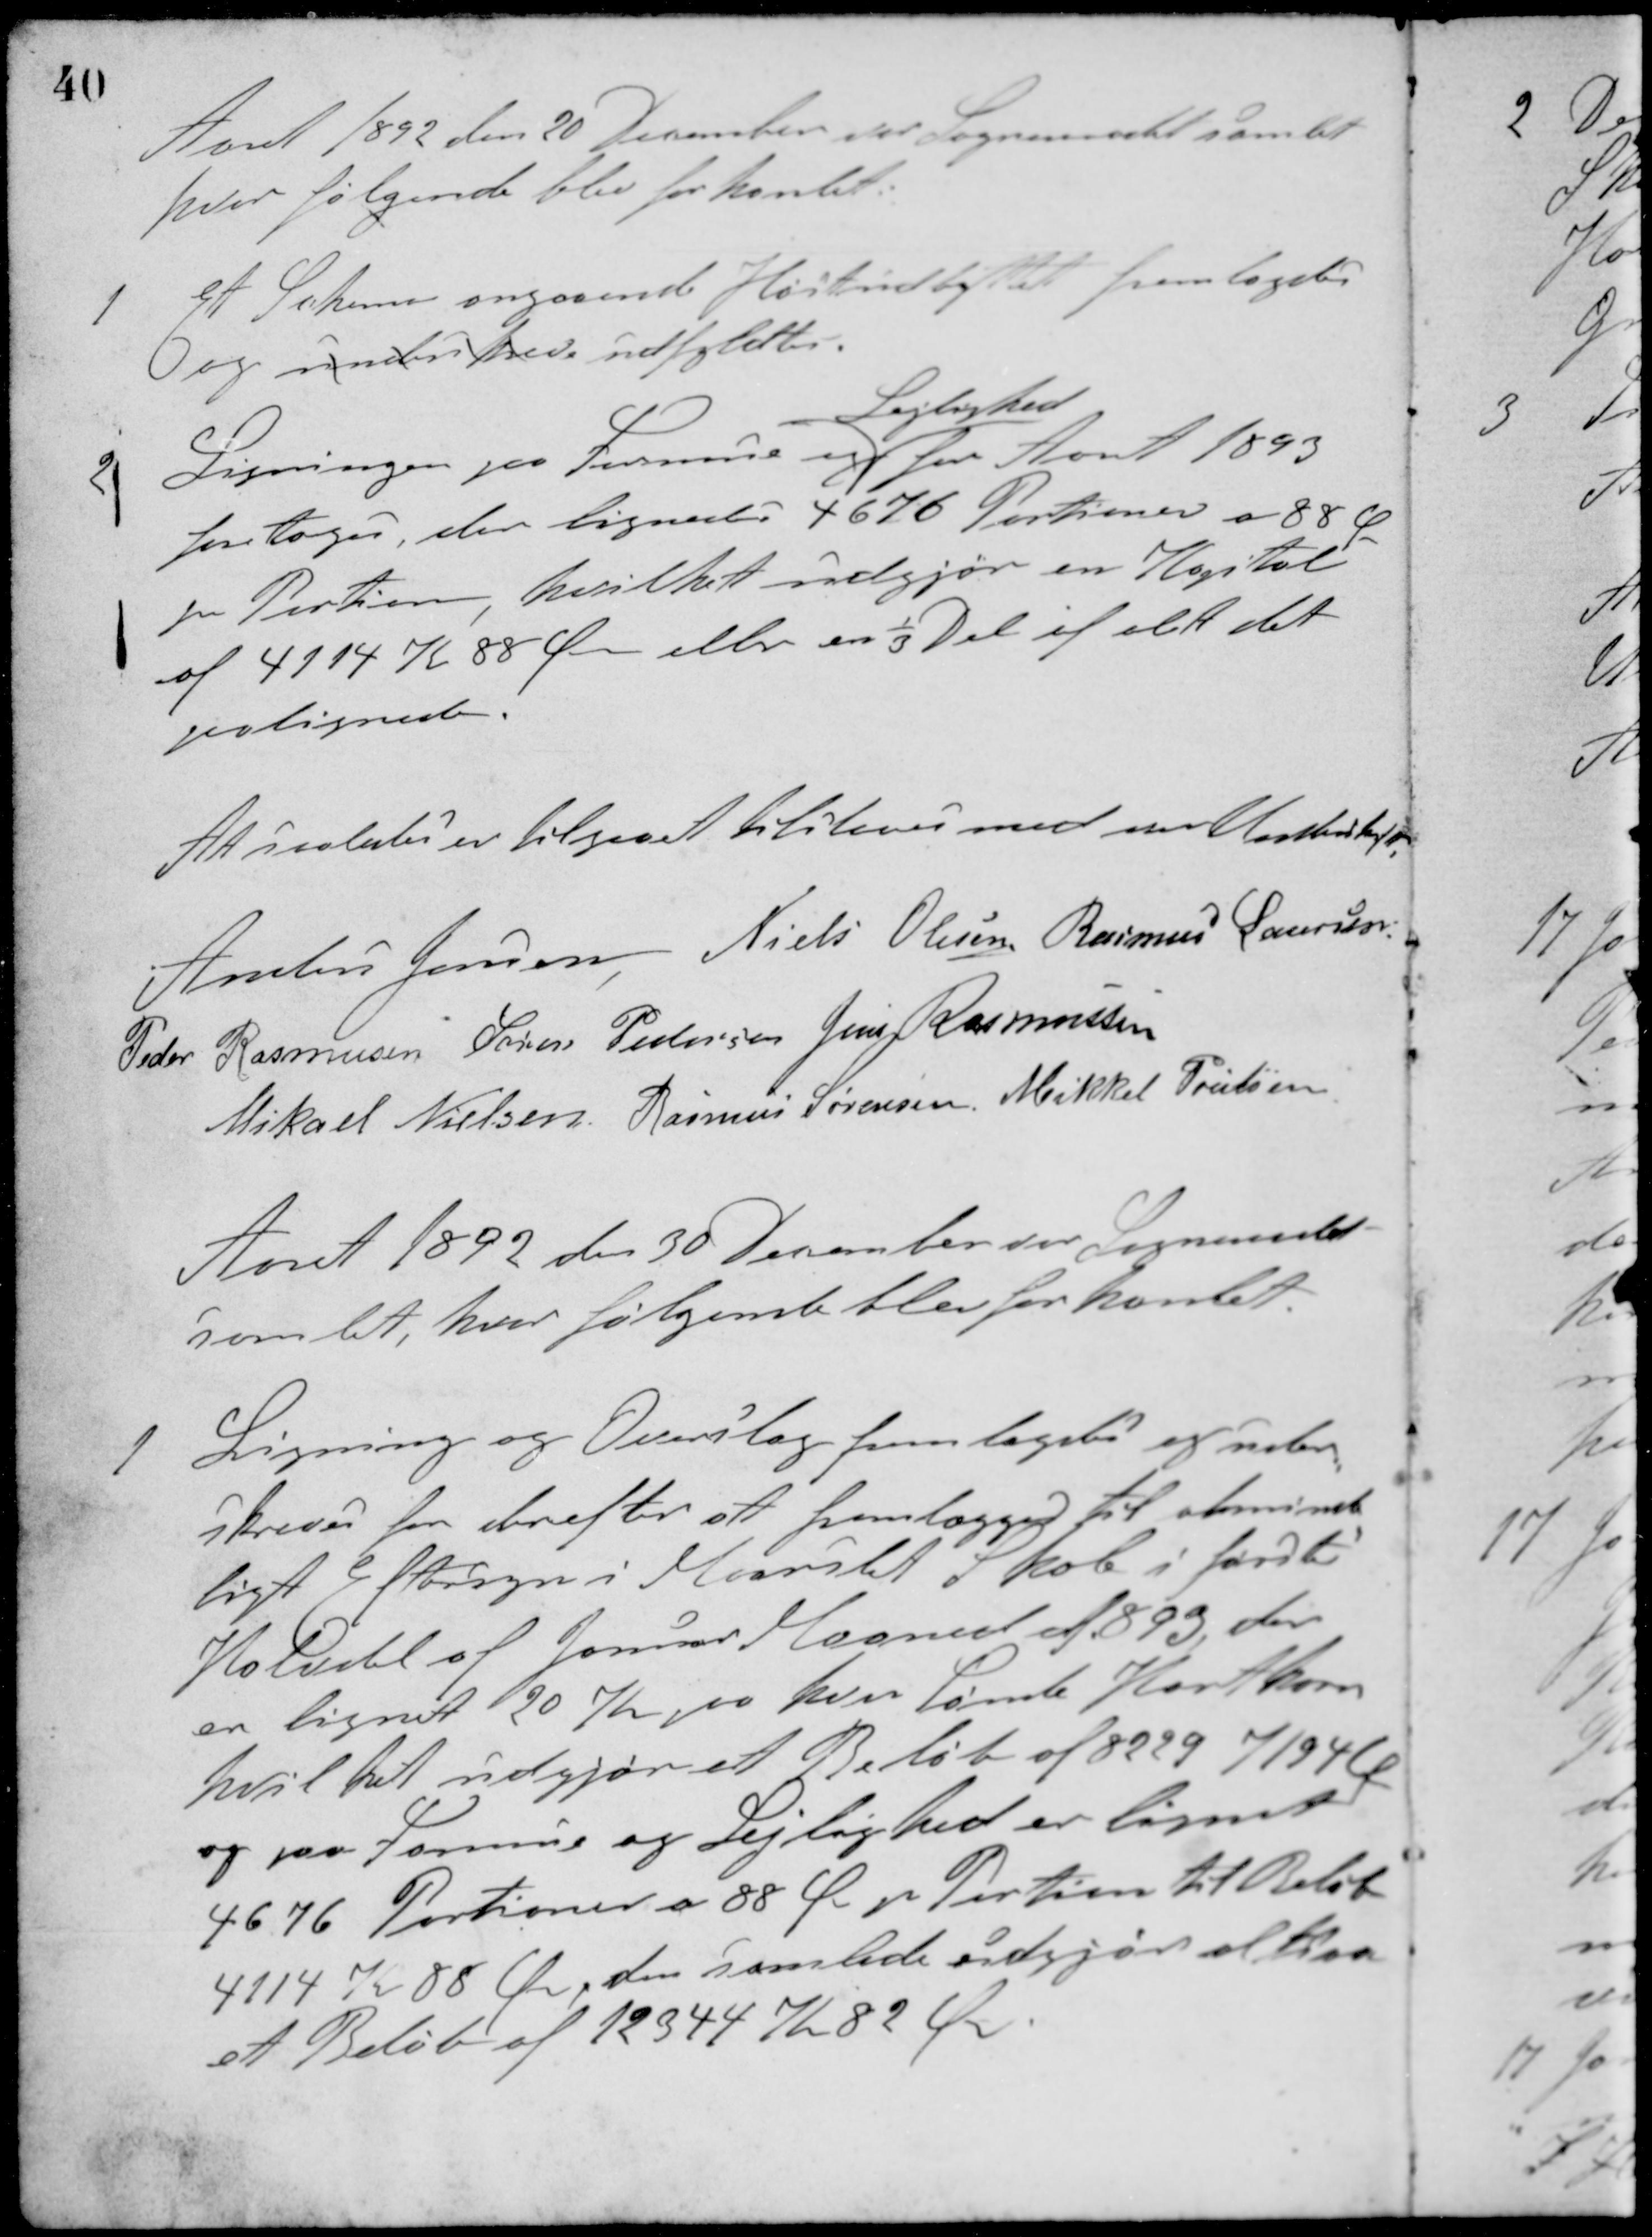
Transskription:
Aaret 1892 den 20 December var Sogneraadet samlet
hvor følgende blev forhandlet.
1 Et Schema angaaende Høstudbyttet fremlagdes
Og underskreves udfyldtes.
2 Ligningen paa Formue og
Lejlighed
for Aaret 1893
foretoges, der lignedes 4676 Portioner a 88 Ø
pr. Portion, hvilket udgjør en Kapital
af 4114 Kr. 88 Øre eller en 1/3 Del af alt det
paalignede.
At saaledes er tilgaaet tilstaaes med vor Underskrift.
Anders Jensen Niels Olesen Rasmus Laursen
Peder Rasmussen Søren Pedersen Jens Rasmussen
Mikael Nielsen Rasmus Sørensen Mikkel Poulsen
Aaret 1892 den 30 December var Sogneraadet
samlet, hvor følgende blev forhandlet.
1 Ligning og Overslag fremlagdes og under-
skreves for derefter at fremlægges til alminde-
ligt Eftersyn i Maarslet Skole i første
Halvdel af Januar Maaned af 1893, der
er lignet 20 Kr. paa hver tønde Hartkorn
hvilket udgjør et Beløb af 8229 K 94 Ø
og paa Formue og Lejlighed er lignet
4676 Portioner a 88 Ø pr. Portion til Beløb
4114 Kr. 88 Øre, den samlede udgjøres altsaa
et Beløb af 12344 Kr. 82 Øre.